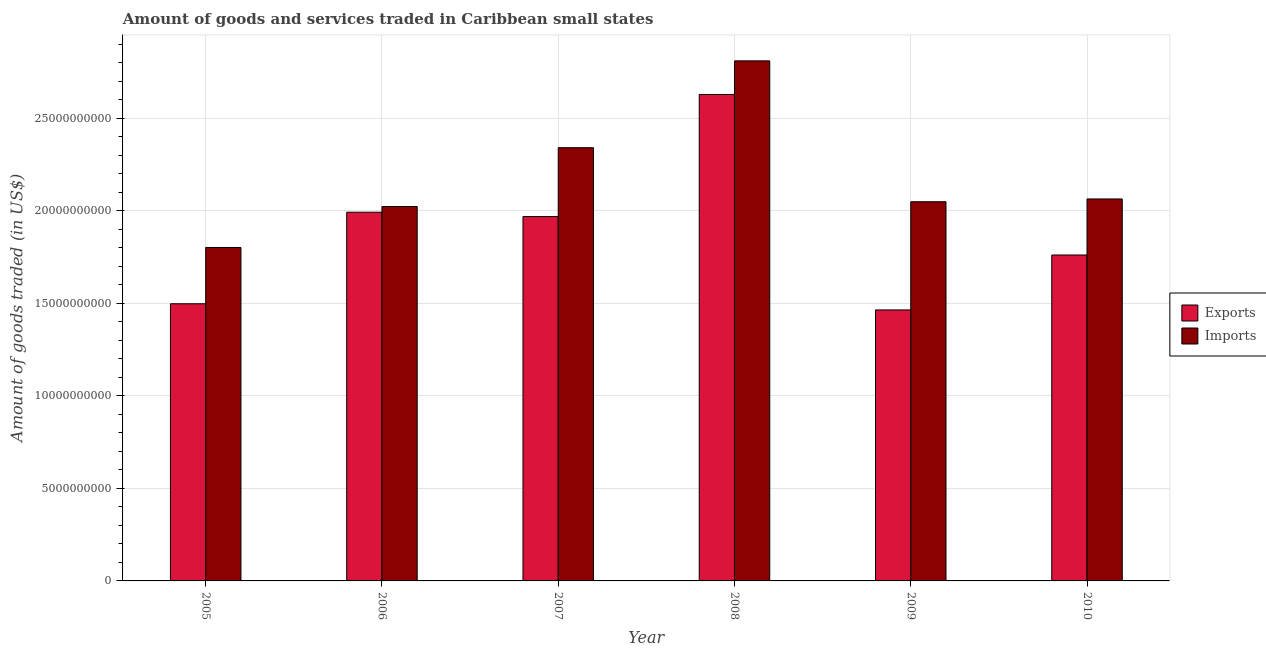
| Year | Exports | Imports |
 | --- | --- | --- |
 | 2005 | 1.5e+10 | 1.8e+10 |
 | 2006 | 1.99e+10 | 2.02e+10 |
 | 2007 | 1.97e+10 | 2.34e+10 |
 | 2008 | 2.63e+10 | 2.81e+10 |
 | 2009 | 1.46e+10 | 2.05e+10 |
 | 2010 | 1.76e+10 | 2.06e+10 |